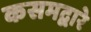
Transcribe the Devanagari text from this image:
कसमद्वारे